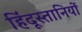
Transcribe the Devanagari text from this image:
हिंदूस्तानियों